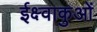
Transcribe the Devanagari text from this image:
ईक्ष्वाकुओं